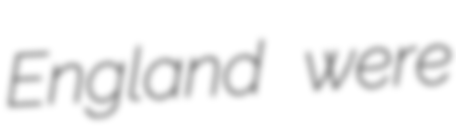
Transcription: England were